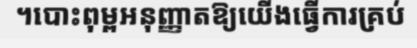
។បោះពុម្ពអនុញ្ញាតឱ្យយើងធ្វើការគ្រប់